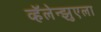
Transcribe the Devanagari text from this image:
व्हॅलेन्झुएला